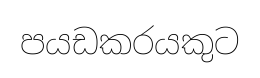
පයඩකරයකුට